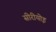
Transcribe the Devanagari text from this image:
सीरीयोइ